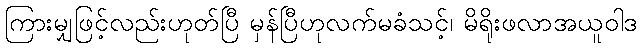
ကြားမျှဖြင့်လည်းဟုတ်ပြီ မှန်ပြီဟုလက်မခံသင့်၊ မိရိုးဖလာအယူဝါဒ